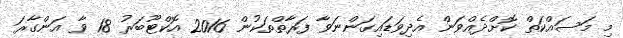
މި މަސައްކަތް ކޮށްދެއްވަން އެދިވަޑައިގަންނަވާ ފަރާތްތަކުން 2016 އޮކްޓޫބަރު 18 ވާ އަންގާރަ